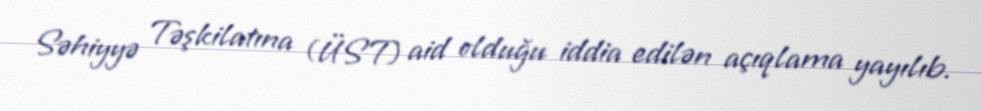
Səhiyyə Təşkilatına (ÜST) aid olduğu iddia edilən açıqlama yayılıb.